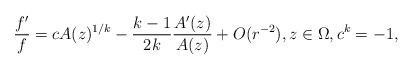
LaTeX: \begin{align*} \frac{f'}{f}= cA(z)^{1/k} -\frac{k-1}{2k} \frac{A'(z)}{A(z)}+ O(r^{-2}), z\in \Omega, c^k=-1, \end{align*}